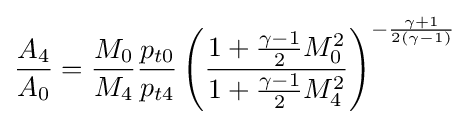
{\frac {A_{4}}{A_{0}}}={\frac {M_{0}}{M_{4}}}{\frac {p_{t0}}{p_{t4}}}\left({\frac {1+{\frac {\gamma -1}{2}}M_{0}^{2}}{1+{\frac {\gamma -1}{2}}M_{4}^{2}}}\right)^{-{\frac {\gamma +1}{2(\gamma -1)}}}